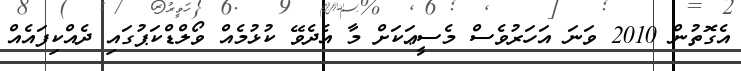
އެގޮތުން 2010 ވަނަ އަހަރުވެސް މެސީޢަކަށް މާ އެދެވޭ ކުޅުމެއް ވޯލްޑްކަޕުގައި ދެއްކިފައެއް